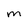
Character: m